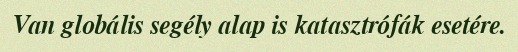
Van globális segély alap is katasztrófák esetére.